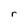
Character: r